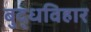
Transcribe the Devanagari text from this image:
बुद्धविहार